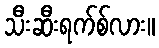
သီးဆီးရက်စ်လား။